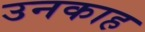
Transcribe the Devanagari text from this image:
उनकाह